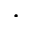
\cdot